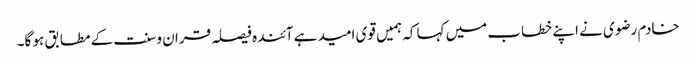
خادم رضوی نے اپنے خطاب میں کہا کہ ہمیں قوی امید ہے آئندہ فیصلہ قران و سنت کے مطابق ہو گا۔